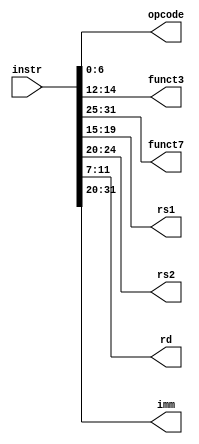
module Decoder(
    input [31:0] instr,
    output [6:0] opcode,
    output [2:0] funct3,
    output [6:0] funct7,
    output [4:0] rs1,
    output [4:0] rs2,
    output [4:0] rd,
    output [11:0] imm
/*    output [3:0] shamt,
    output [6:0] csr,
    output branch,
    output jal,
    output jalr,
    output load,
    output store,
    output alu,
    output [1:0] mem_size,
    output [1:0] mem_signed*/
);

assign opcode = instr[6:0];
assign funct3 = instr[14:12];
assign funct7 = instr[31:25];
assign rs1 = instr[19:15];
assign rs2 = instr[24:20];
assign rd = instr[11:7];

assign imm = { {20{instr[31]}}, instr[31:20] };
//assign shamt = instr[24:20];
//assign csr = instr[31:20];

//assign branch = (opcode == 7'h63);
//assign jal = (opcode == 7'h6f);
//assign jalr = (opcode == 7'h67);
//assign load = ((opcode == 7'h03) || (opcode == 7'h00));
//assign store = (opcode == 7'h23);

//assign alu = ((opcode != 7'h03) && (opcode != 7'h23) && (opcode != 7'h67) && (opcode != 7'h6f));

//assign mem_size = 2'b00;
//assign mem_signed = 2'b00;

endmodule